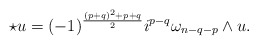
\begin{align*}\star u = (-1)^{\frac{(p+q)^2 + p+q}{2}}i^{p-q} \omega_{n-q-p}\wedge u. \end{align*}